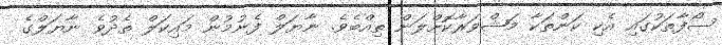
ސޯފާތަކުގައި އެކި ކަންތަކާ މަޝްވަރާކޮށްލަން ތިއްބެވެ. ނާޔަލް ފެނުމުން މައިކަލް ތެދުވެ ނާޔަލްގެ